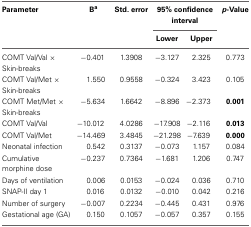
| Parameter | Ba | Std. error | <COLSPAN=2> 95% confidence interval | p-Value |
 |  |  |  | Lower | Upper |  |
 | --- | --- | --- | --- | --- | --- |
 | COMT Val/Val × Skin-breaks | −0.401 | 1.3908 | −3.127 | 2.325 | 0.773 |
 | COMT Val/Met × Skin-breaks | 1.550 | 0.9558 | −0.324 | 3.423 | 0.105 |
 | COMT Met/Met × Skin-breaks | −5.634 | 1.6642 | −8.896 | −2.373 | 0.001 |
 | COMT Val/Val | −10.012 | 4.0286 | −17.908 | −2.116 | 0.013 |
 | COMT Val/Met | −14.469 | 3.4845 | −21.298 | −7.639 | 0.000 |
 | Neonatal infection | 0.542 | 0.3137 | −0.073 | 1.157 | 0.084 |
 | Cumulative morphine dose | −0.237 | 0.7364 | −1.681 | 1.206 | 0.747 |
 | Days of ventilation | 0.006 | 0.0153 | −0.024 | 0.036 | 0.710 |
 | SNAP-II day 1 | 0.016 | 0.0132 | −0.010 | 0.042 | 0.216 |
 | Number of surgery | −0.007 | 0.2234 | −0.445 | 0.431 | 0.976 |
 | Gestational age (GA) | 0.150 | 0.1057 | −0.057 | 0.357 | 0.155 |